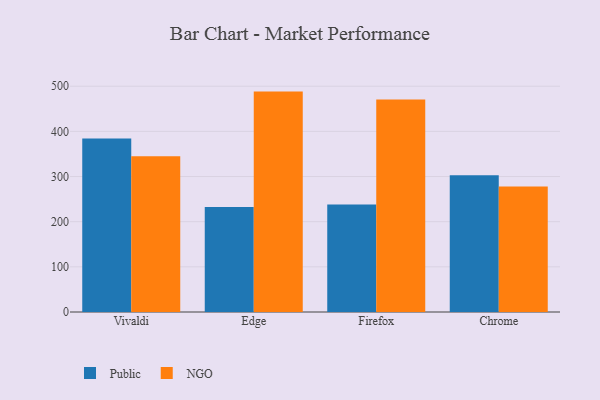
{"axis": {"x": "Browser", "y": "Headcount"}, "legend": ["NGO", "Public"], "data": [{"x": "Vivaldi", "y": 384.5, "type": "Public"}, {"x": "Vivaldi", "y": 344.8, "type": "NGO"}, {"x": "Edge", "y": 232.7, "type": "Public"}, {"x": "Edge", "y": 488.1, "type": "NGO"}, {"x": "Firefox", "y": 238.0, "type": "Public"}, {"x": "Firefox", "y": 470.7, "type": "NGO"}, {"x": "Chrome", "y": 303.0, "type": "Public"}, {"x": "Chrome", "y": 278.0, "type": "NGO"}]}